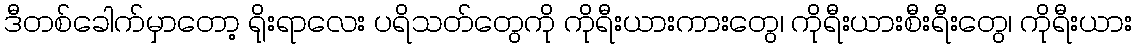
ဒီတစ်ခေါက်မှာတော့ ရိုးရာလေး ပရိသတ်တွေကို ကိုရီးယားကားတွေ၊ ကိုရီးယားစီးရီးတွေ၊ ကိုရီးယား